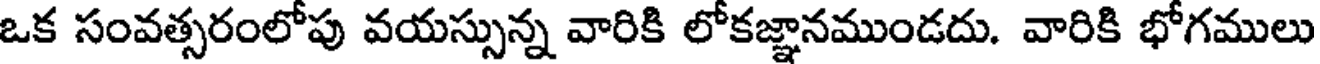
ఒక సంవత్సరంలోపు వయస్సున్న వారికి లోకజ్ఞానముండదు. వారికి భోగములు